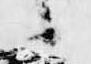
候